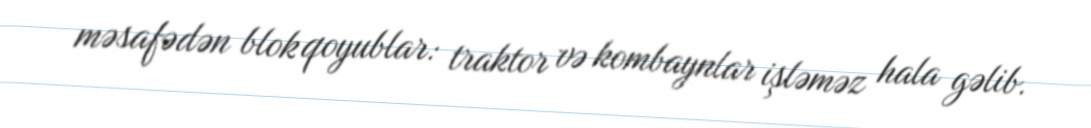
məsafədən blok qoyublar: traktor və kombaynlar işləməz hala gəlib.